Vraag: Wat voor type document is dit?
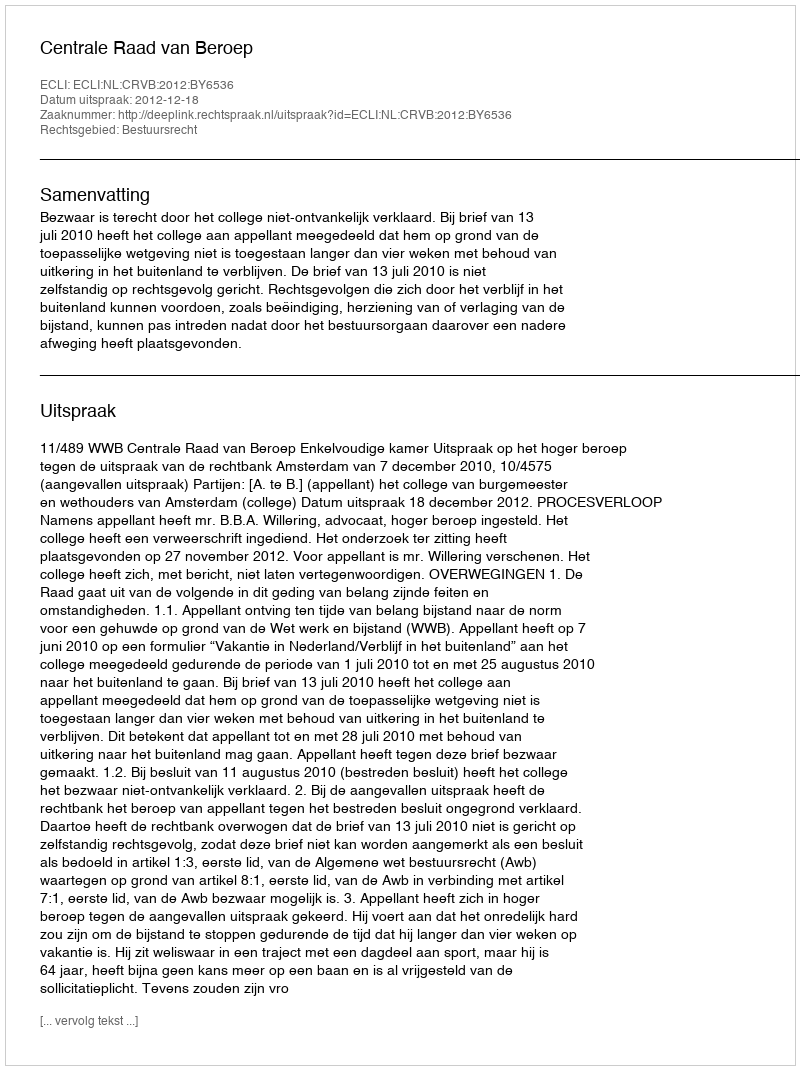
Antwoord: Uitspraak